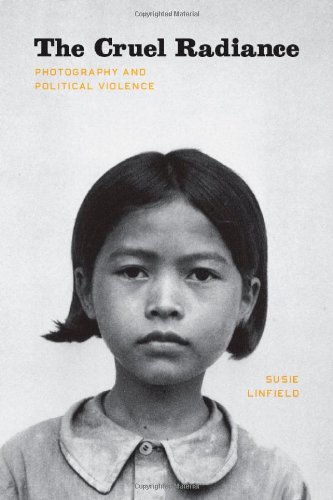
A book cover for The Cruel Radiance: Photography and Political Violence; Susie Linfield; Arts & Photography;